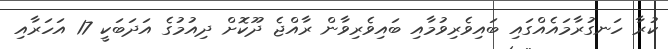
ކުރާ ހަނގުރާމައެއްގައި ބައިވެރިވުމާއި ބައިވެރިވާން ރާއްޖެ ދޫކޮށް ދިއުމުގެ އަދަބަކީ 17 އަހަރާއި